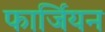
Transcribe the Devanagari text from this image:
फार्जियन